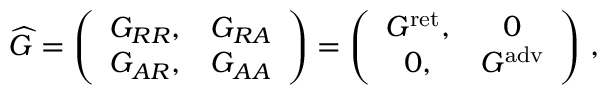
{ \widehat G } = \left( \begin{array} { c c } { { G _ { R R } , } } & { { G _ { R A } } } \\ { { G _ { A R } , } } & { { G _ { A A } } } \end{array} \right) = \left( \begin{array} { c c } { { G ^ { \mathrm { r e t } } , } } & { { 0 } } \\ { { 0 , } } & { { G ^ { \mathrm { a d v } } } } \end{array} \right) \, ,